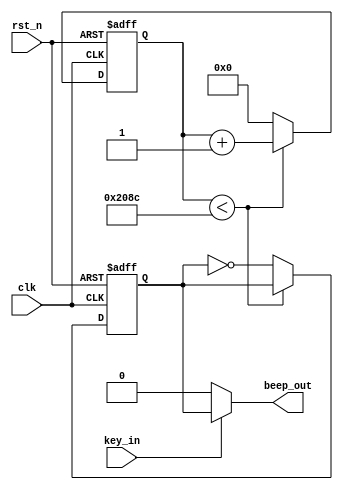
module beep (
	input clk,    // Clock
	input rst_n,  // Asynchronous reset active low
	input key_in,
	output beep_out
);


	reg [31:0]cnt;
	reg b0;
	parameter cnt_num1 = 50_000_000 / 3_000 / 2 -1;

	always @(posedge clk or negedge rst_n)
	begin : proc_1
		if(~rst_n) begin
			cnt <= 32'd0;
			b0 <=0;
		end else begin
			if(cnt < cnt_num1) begin
				cnt <= cnt +1;
			end else begin
				cnt <= 32'd0;
				b0 <= ~b0;
			end
		end
	end

assign beep_out =  (key_in)?b0 : 1'b0;    //key 

endmodule